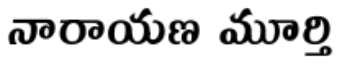
నారాయణ మూర్తి